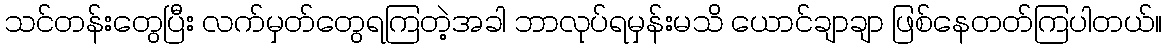
သင်တန်းတွေပြီး လက်မှတ်တွေရကြတဲ့အခါ ဘာလုပ်ရမှန်းမသိ ယောင်ချာချာ ဖြစ်နေတတ်ကြပါတယ်။